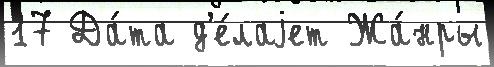
17 Да́та д'е́лаjет Жа́нры